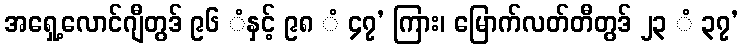
အရှေ့လောင်ဂျီတွဒ် ၉၆ ံနှင့် ၉၈ ံ ၄၇’ ကြား၊ မြောက်လတ်တီတွဒ် ၂၃ ံ ၃၇’